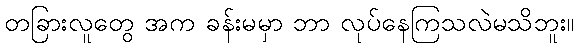
တခြားလူတွေ အက ခန်းမမှာ ဘာ လုပ်နေကြသလဲမသိဘူး။